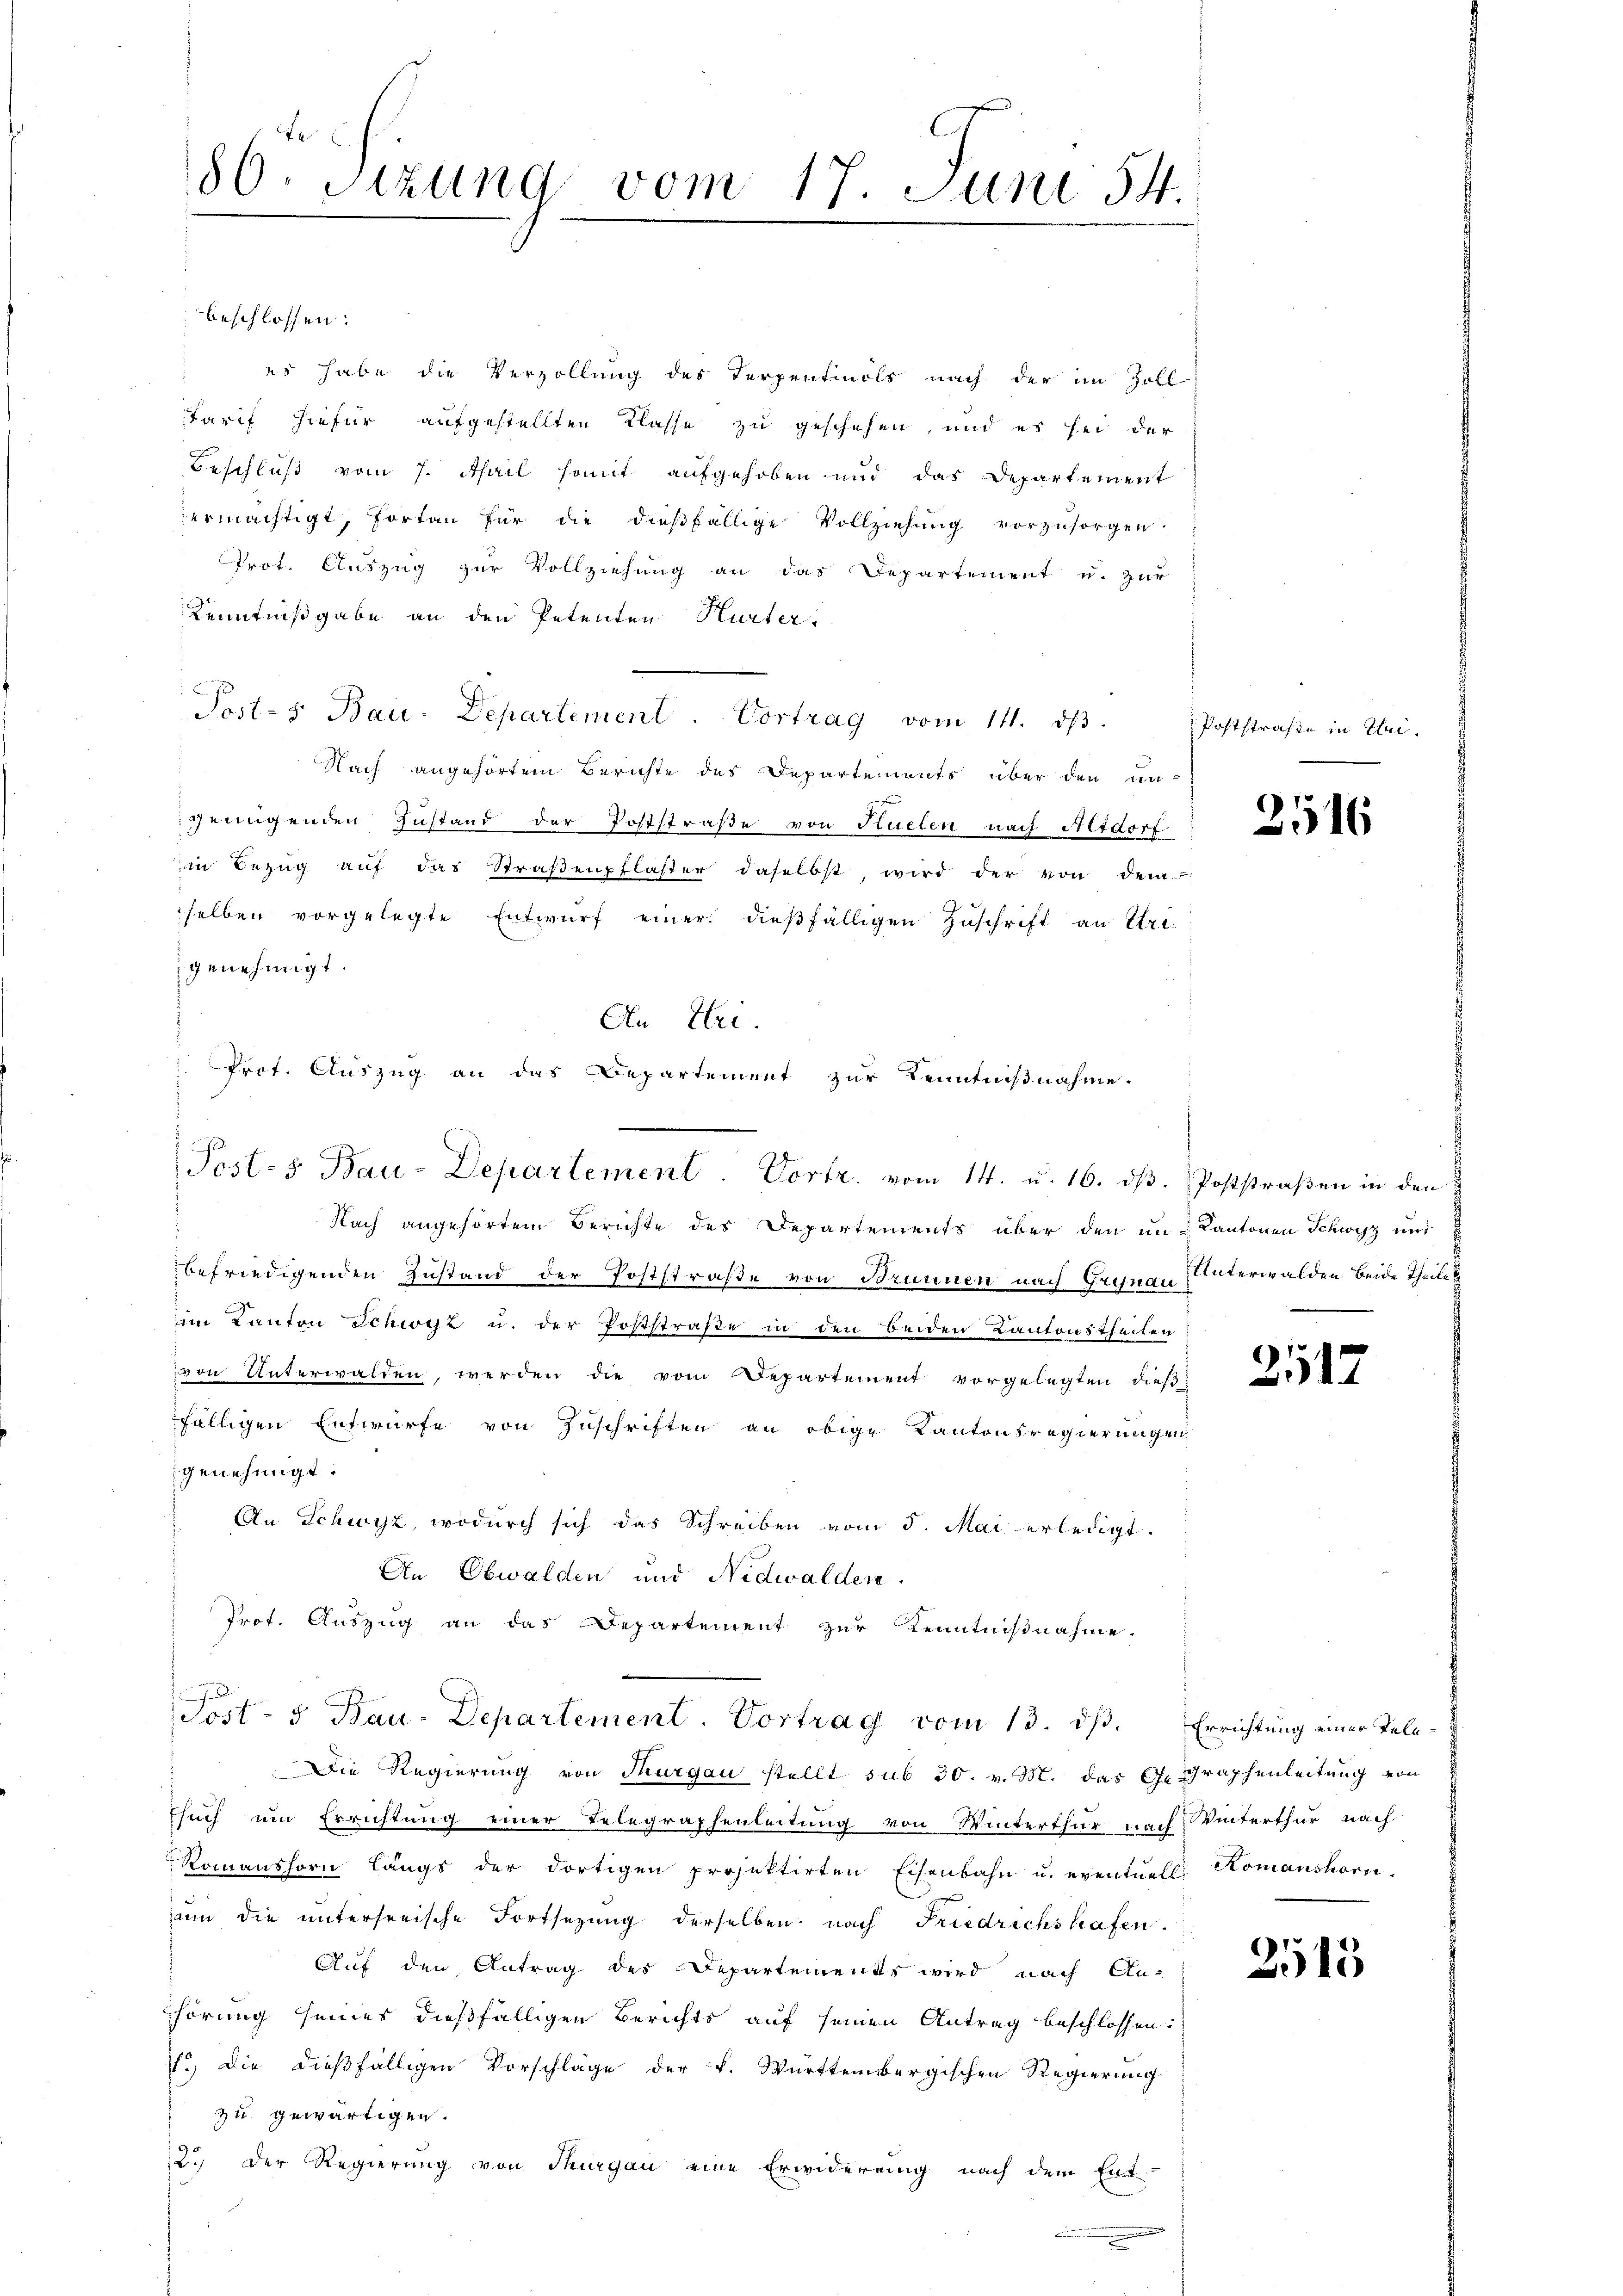
80. Sitzung vom 17. Juni 54.

beschlossen:
 es habe die Verzöllung des Terpentinols nach der im Zoll
Tarif hiefür aufgestellten Klasse zu geschehen, und es sei der
Beschluß vom 7. April somit aufgehoben und das Departement
ermächtigt, fortan für die dießfällige Vollziehung vorzŭsorgen
Prot. Auszug zur Vollziehung an das Departement u. zur
Kenntnißgabe an den Petenten Hurter,
Post-s Bau-Departement. Vortrag vom 14. dβ.
Nach angehörtem Berichte des Departements über den an-
genügenden Zustand der Poststraße von tuelen nach Altdorf
in Bezŭg aŭf das Straβenpflaster daselbst, wird der von dem
selben vorgelegte Entwurf einer dießfälligen Zuschrift an Eri
genehmigt.
An Uri.
 Prot. Auszug an das Departement zur Kenntnißnahme.

Posts Bau-Departement. Vortr. vom 14. u. 16. dβ. Poststraßen in den

Nach angehörtem Berichte des Departements über den im Kantonen Schwyz und
befriedigenden Zustand der Poststraße von Brunnen nach Grünau unterwalden beide Theilet
im Kanton Schwyz u. der Poststraße in den beiden Kantonstheilen
von Unterwalden werden die vom Departement vorgelegten dieß-
fälligen Entwurfe von Zuschriften an obige Kantonsregierungen
genehmigt.
An Schwyz, wodurch sich das Schreiben vom 5. Mai erledigt.
An Obwalden und Nidwalden.
Prof. Auszug an das Departement zur Kenntnißnahme.
Die Regierung von Thurgau stellt sub 30. v. M. das Gegraphenleitung von
Esuch um Errichtung einer Telegraphenleitung von Winterthur nach Winterthur nach
Romanshorn längs der dortigen projektirten Eisenbahn u. eventuell Komanshorn.
sum die unterseeische Fortsetzung derselben nach Friedrichshafen.
Auf den Antrag der Departements wird nach An-
hörung seines dießfälligen Berichts auf seinen Antrag beschlossen:
1.) Die dießfälligen Vorschläge der k. Württembergischen Regierung
zu gewärtigen.
12.) Der Regierung von Thurgau eine Erwiderung nach dem Ent-

.

Post- u Bau-Departement. Vortrag vom 13. dβ. Errichtung einer Tele¬

Poststraße in Übri¬

2516

.

2517

2515